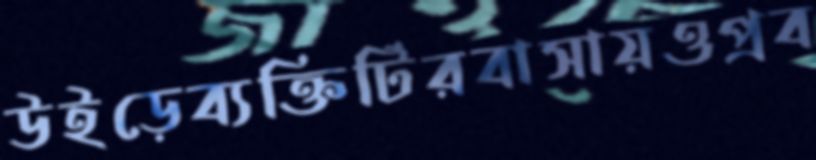
উইড়েব্যক্তিটিরবাসায়ওপ্রব